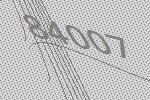
84007